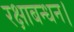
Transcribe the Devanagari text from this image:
रक्षाबन्धन।